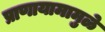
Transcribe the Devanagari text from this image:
प्राणायामामुळे